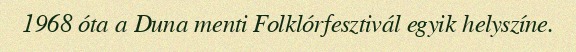
1968 óta a Duna menti Folklórfesztivál egyik helyszíne.